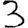
Digit: 3